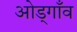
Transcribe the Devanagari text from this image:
ओड्गाँव